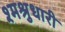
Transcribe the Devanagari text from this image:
श्मश्रुधारी